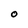
Character: O